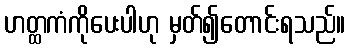
ဟတ္ထကံကိုပေးပါဟု မှတ်၍တောင်းရသည်။